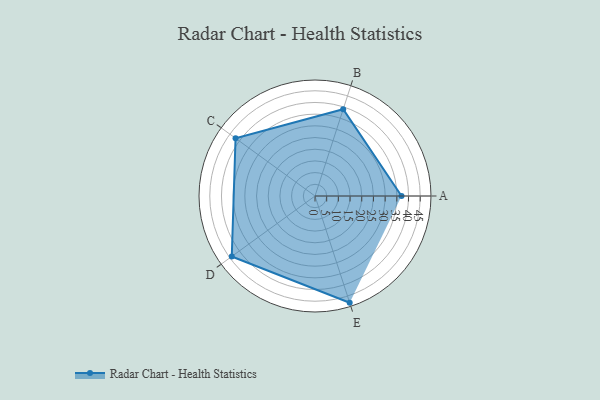
{"axis": {"x": "Skill", "y": "Score"}, "legend": ["Profile"], "data": [{"x": "A", "y": 37.0, "type": "Profile"}, {"x": "B", "y": 39.0, "type": "Profile"}, {"x": "C", "y": 42.0, "type": "Profile"}, {"x": "D", "y": 44.0, "type": "Profile"}, {"x": "E", "y": 48.0, "type": "Profile"}]}